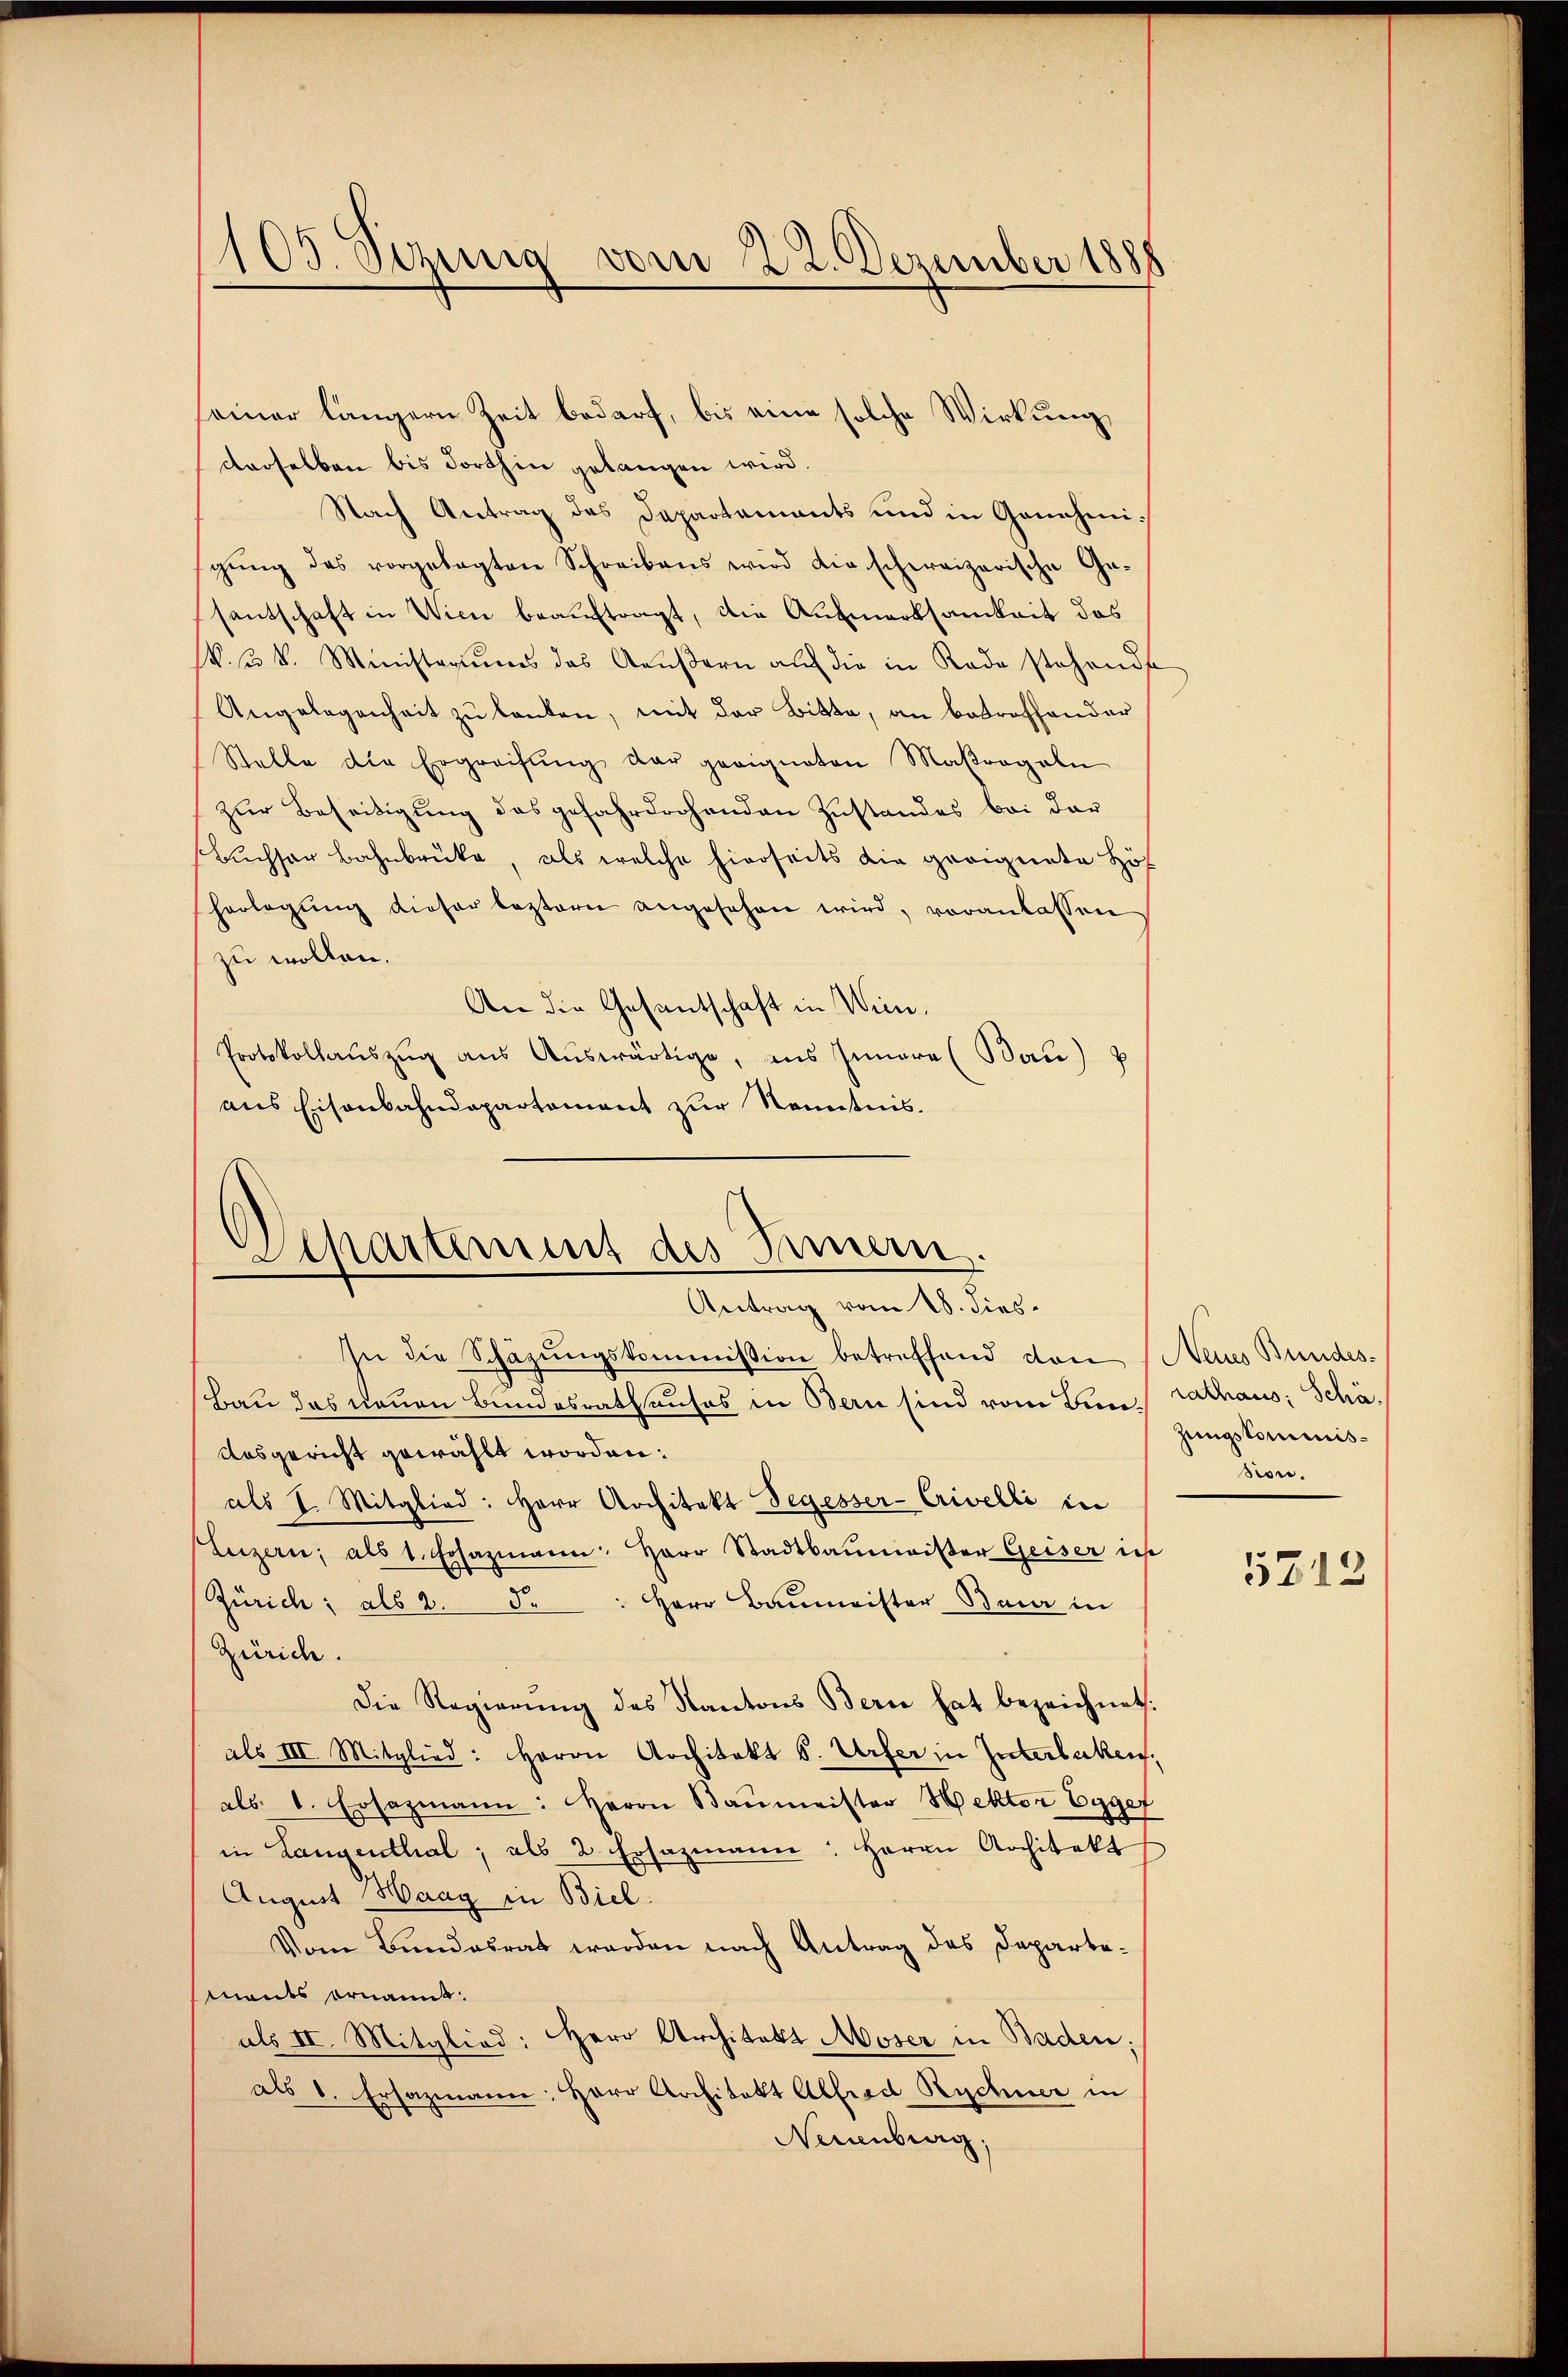
105. Sezing vom 22. Dezember 1888

seiner längern Zeit bedarf, bis eine solche Wirkung,
derselben bis dorthin gelangen wird.
Nach Antrag des Departements und in Genehmigŭng des vorgelegten Schreibens wird die schweizerische Ge-
santschaft in Wien beauftragt, die Aufmerksamkeit das
V. u. k. Ministeriums das Aŭβern auf die in Rade stehende
Angelegenheit zu lanten, mit der Bitte, an betroffender
Stelle die Ergreifung der geeigneten Maβragaln
zŭr Beseitigung des gefahrdrohenden Zustandes bei der
Buchser Bahnbrücke, als welche hierseits die geeignete Höf
herlegŭng dieser leztern angesehen wird, veranlassen
zu wollen.
An die Gesantschaft in Wien.
Protokollaŭszŭg aŭs Aŭswärtige, ans Innere (Bau) p
aus Eisenbahndepartement zur Kenntnis.

Departement des Innern.
Antrag vom 18. dies

In die Schäzŭngskommission betreffend von Neins Bundes-
Bau das neuen Bundesrathauses in Bern sind vom Bun- Cathaus; Schä¬
Ausgericht gewählt worden:
als I. Mitglied: Herr Architekt Segesser-Crivelli in
(Luzern; als 1. Ersazmann: Herr Stadtbaŭmeister Geiser ic
Herr Baumeister Baier in
Zürich; als 2. d.
Zürich.
Die Regierŭng des Kantons Bern hat bezeichnet.
als III Mitglied: Herrn Architekt s. Urfer in Interlaken,
als. 1. Ersazmann: Herrn Baŭmeister Hektor Eggef
in Langenthal, als 2. Ersazmann: Herrn Architekt
August Haag in Biel.
Vom Bundesrat werden nach Antrag des Departemants ornannt.
als II. Mitglied: Herr Architekt Moser in Baden;
als 1. Ersazmann: Herr Architekt Alfred Rechner in
Neuenburg,

zungskommision.

5712